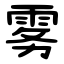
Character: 雾